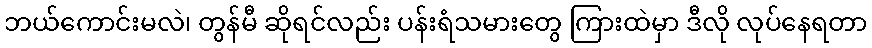
ဘယ်ကောင်းမလဲ၊ တွန်မီ ဆိုရင်လည်း ပန်းရံသမားတွေ ကြားထဲမှာ ဒီလို လုပ်နေရတာ